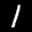
Label: 1